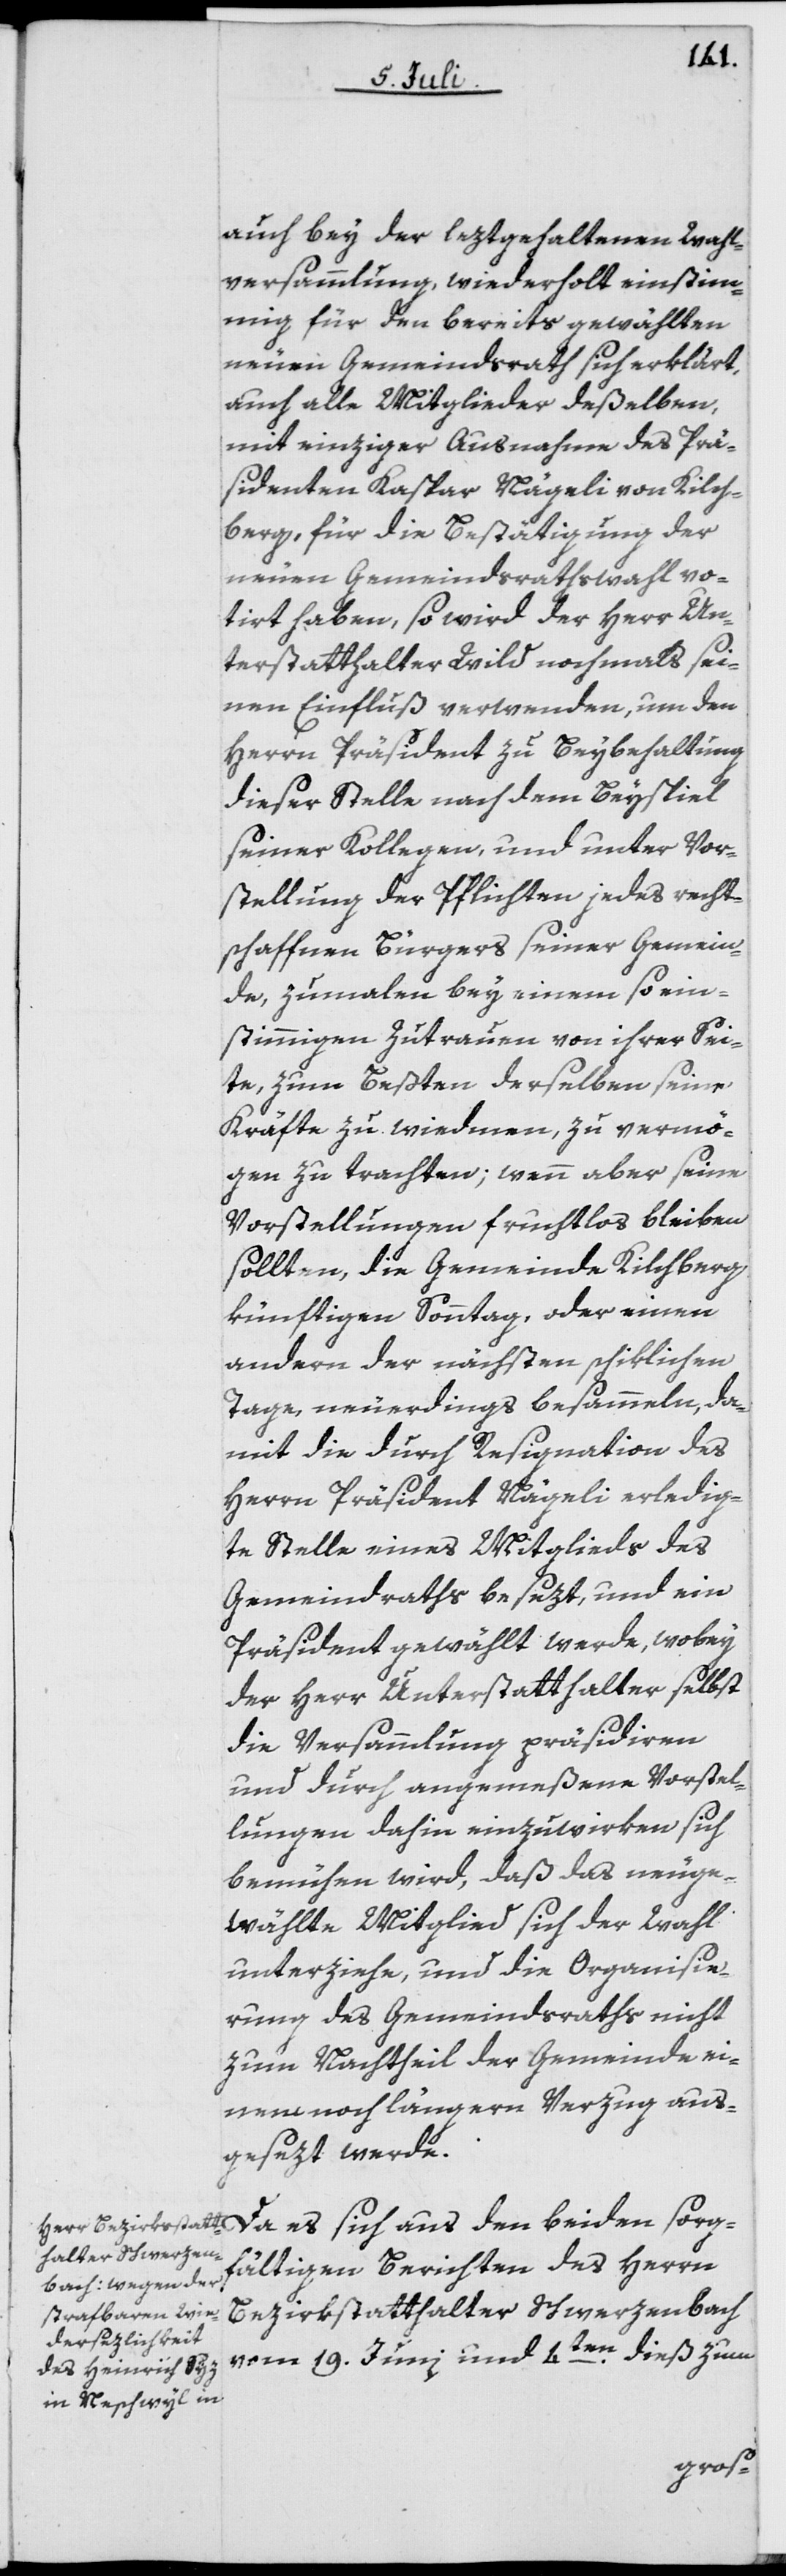
auch bey der leztgehaltenen Wahl¬
versammlung, wiederholt einstimm¬
ig für den bereits gewählten
neuen Gemeindsrath sich erklärt,
auch alle Mitglieder deßelben,
mit einziger Ausnahme des Prä¬
sidenten Kaspar Nägeli von Kilch¬
berg, für die Bestätigung der
neuen Gemeindsrathswahl vo¬
tirt haben, so wird der Herr Un¬
terstatthalter Wild nochmals sei¬
nen Einfluß verwenden, um den
Herrn Präsident zu Beybehaltung
dieser Stelle nach dem Beyspiel
seiner Kollegen, und unter Vor¬
stellung der Pflichten jedes recht¬
schaffnen Bürgers seiner Gemein¬
de, zumalen bey einem so ein¬
stimmigen Zutrauen von ihrer Sei¬
te, zum Beßten derselben seine
Kräfte zu wiedmen, zu vermö¬
gen zu trachten; wenn aber seine
Vorstellungen fruchtlos bleiben
sollten, die Gemeinde Kilchberg
künftigen Sonntag, oder einen
andern der nächsten schiklichen
Tage, neuerdings besammeln, da¬
mit die durch Resignation des
Herrn Präsident Nägeli erledig¬
te Stelle eines Mitglieds des
Gemeindraths besezt, und ein
Präsident gewählt werde, wobey
der Herr Unterstatthalter selbst
die Versammlung präsidiren
und durch angemeßene Vorstel¬
lungen dahin einzuwirken sich
bemühen wird, daß das neuge¬
wählte Mitglied sich der Wahl
unterziehe, und die Organisie¬
rung des Gemeindsraths nicht
zum Nachtheil der Gemeinde ei¬
nem noch längern Verzug aus¬
gesezt werde.
Da es sich aus den beiden sorg¬
fältigen Berichten des Herrn
Bezirkstatthalter Schwerzenbach
vom 19. Juni und 4ten dieß zum